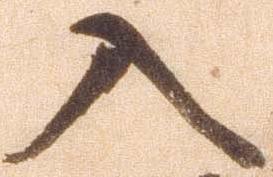
入